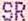
SR